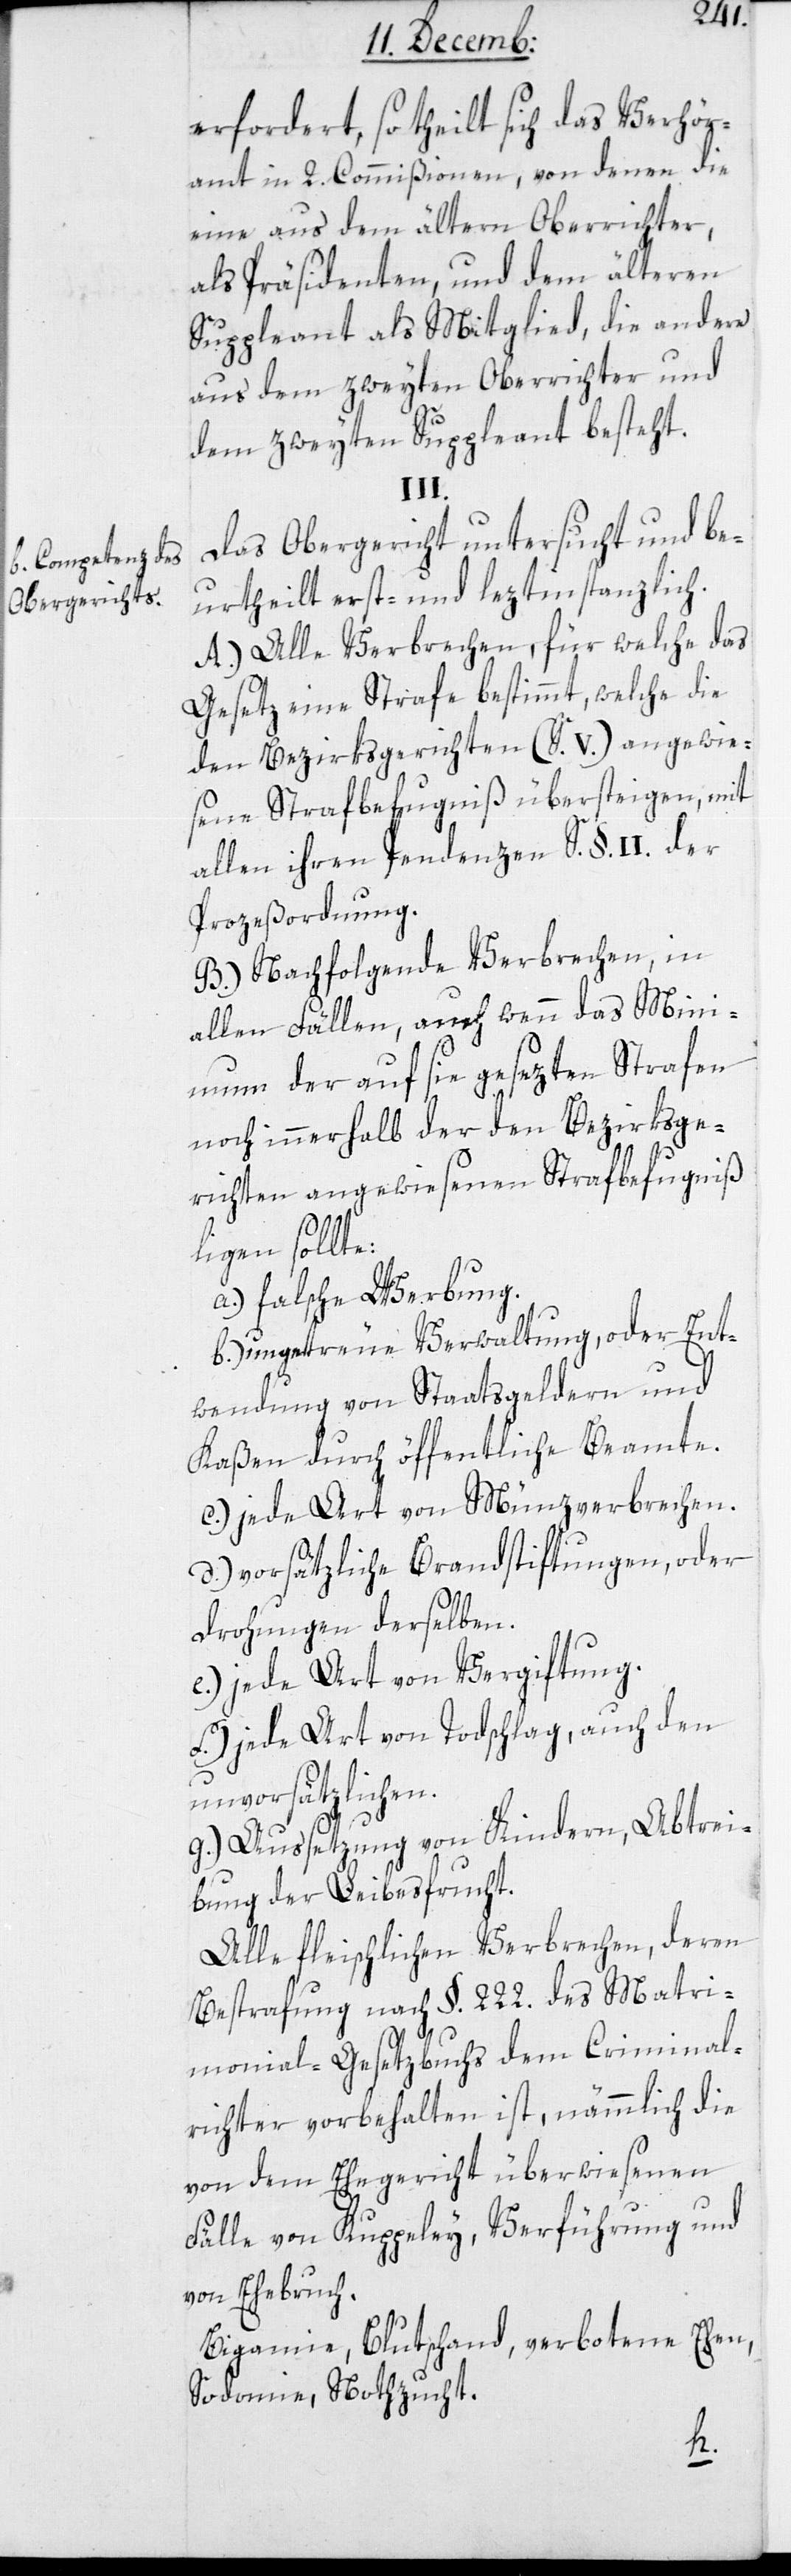
b. Competenz des
Obergerichtes.

l¬
erfordert, so theilt sich das Verhör¬
amt in 2. Commißionen, von denen die
eine aus dem ältern Oberrichter,
als Präsidenten, und dem älteren
Suppleant als Mitglied, die andern
aus dem zweyten Oberrichter und
dem zweyten Suppleant besteht.
III.
Das Obergericht untersucht und be¬
urtheilt erst- und leztinstanzlich.
A.) Alle Verbrechen, für welche das
Gesetz eine Strafe bestimmt, welche die
den Bezirksgerichten (S. V.) angewie¬
sene Strafbefugniß übersteigen, mit
allen ihren Pendenzen S. §. II. der
Prozeßordnung.
B.) Nachfolgende Verbrechen, in
allen Fällen, auch wenn das Min¬
imum der auf sie gesezten Strafen
noch innerhalb der den Bezirksge¬
richten angewiesenen Strafbefugniß
iegen sollte:
a.) falsche Werbung;
b.) ungetreue Verwaltung, oder Ent¬
wendung von Staatsgeldern und
Kaßen durch öffentliche Beamte.
c.) jede Art von Münzverbrechen.
d.) vorsätzliche Brandstiftungen oder
Drohungen derselben.
e.) jede Art von Vergiftung.
f.) jede Art von Todschlag, auch den
unvorsätzlichen.
g.) Aussetzung von Kindern, Abtrei¬
bung der Leibesfrucht.
Alle fleischlichen Verbrechen, deren
Bestrafung nach §. 222. des Matri¬
monial-Gesetzbuchs dem Criminal¬
richter vorbehalten ist, nämmlich die
von dem Ehegericht überwiesenen
Fälle von Kuppeley, Verführung und
von Ehebruch.
Bigamie, Blutschand, verbotene Ehen,
Sodomie, Nothzucht.